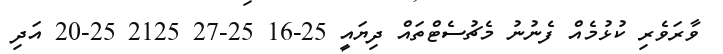
ވާރަވެރި ކުޅުމެއް ފެނުނު މެޗުސެޓްތައް ދިޔައީ 25-16 25-27 2125 25-20 އަދި